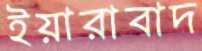
ইয়ারাবাদ